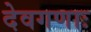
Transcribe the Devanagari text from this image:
देवगणाः